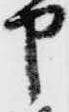
申